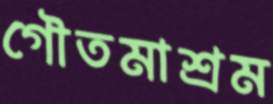
গৌতমাশ্রম